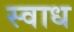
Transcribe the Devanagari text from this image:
स्वाध